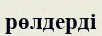
рөлдерді